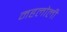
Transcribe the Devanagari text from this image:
महलोली